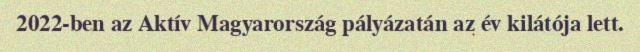
2022-ben az Aktív Magyarország pályázatán az év kilátója lett.